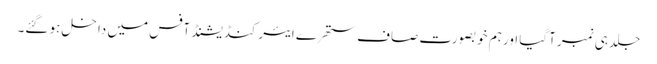
جلد ہی نمبر آگیا اور ہم خوبصورت صاف ستھرے ایئرکنڈیشنڈ آفس میں داخل ہو گئے۔